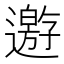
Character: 𨘋